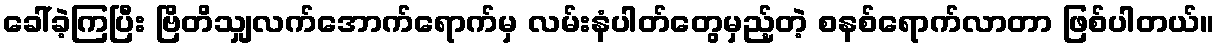
ခေါ်ခဲ့ကြပြီး ဗြိတိသျှလက်အောက်ရောက်မှ လမ်းနံပါတ်တွေမှည့်တဲ့ စနစ်ရောက်လာတာ ဖြစ်ပါတယ်။